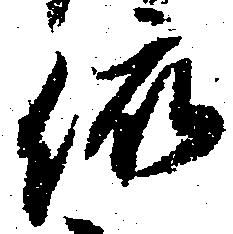
依